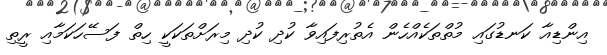
އިންޑިއާ ކަނޑުގައި މުތްތަކެއްހެން އެތުރިފައިވާ ކުދި ކުދި މިރަށްތަކަކީ ހިތް ފަސޭހަކަމާއި ރީތި